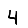
Digit: 4